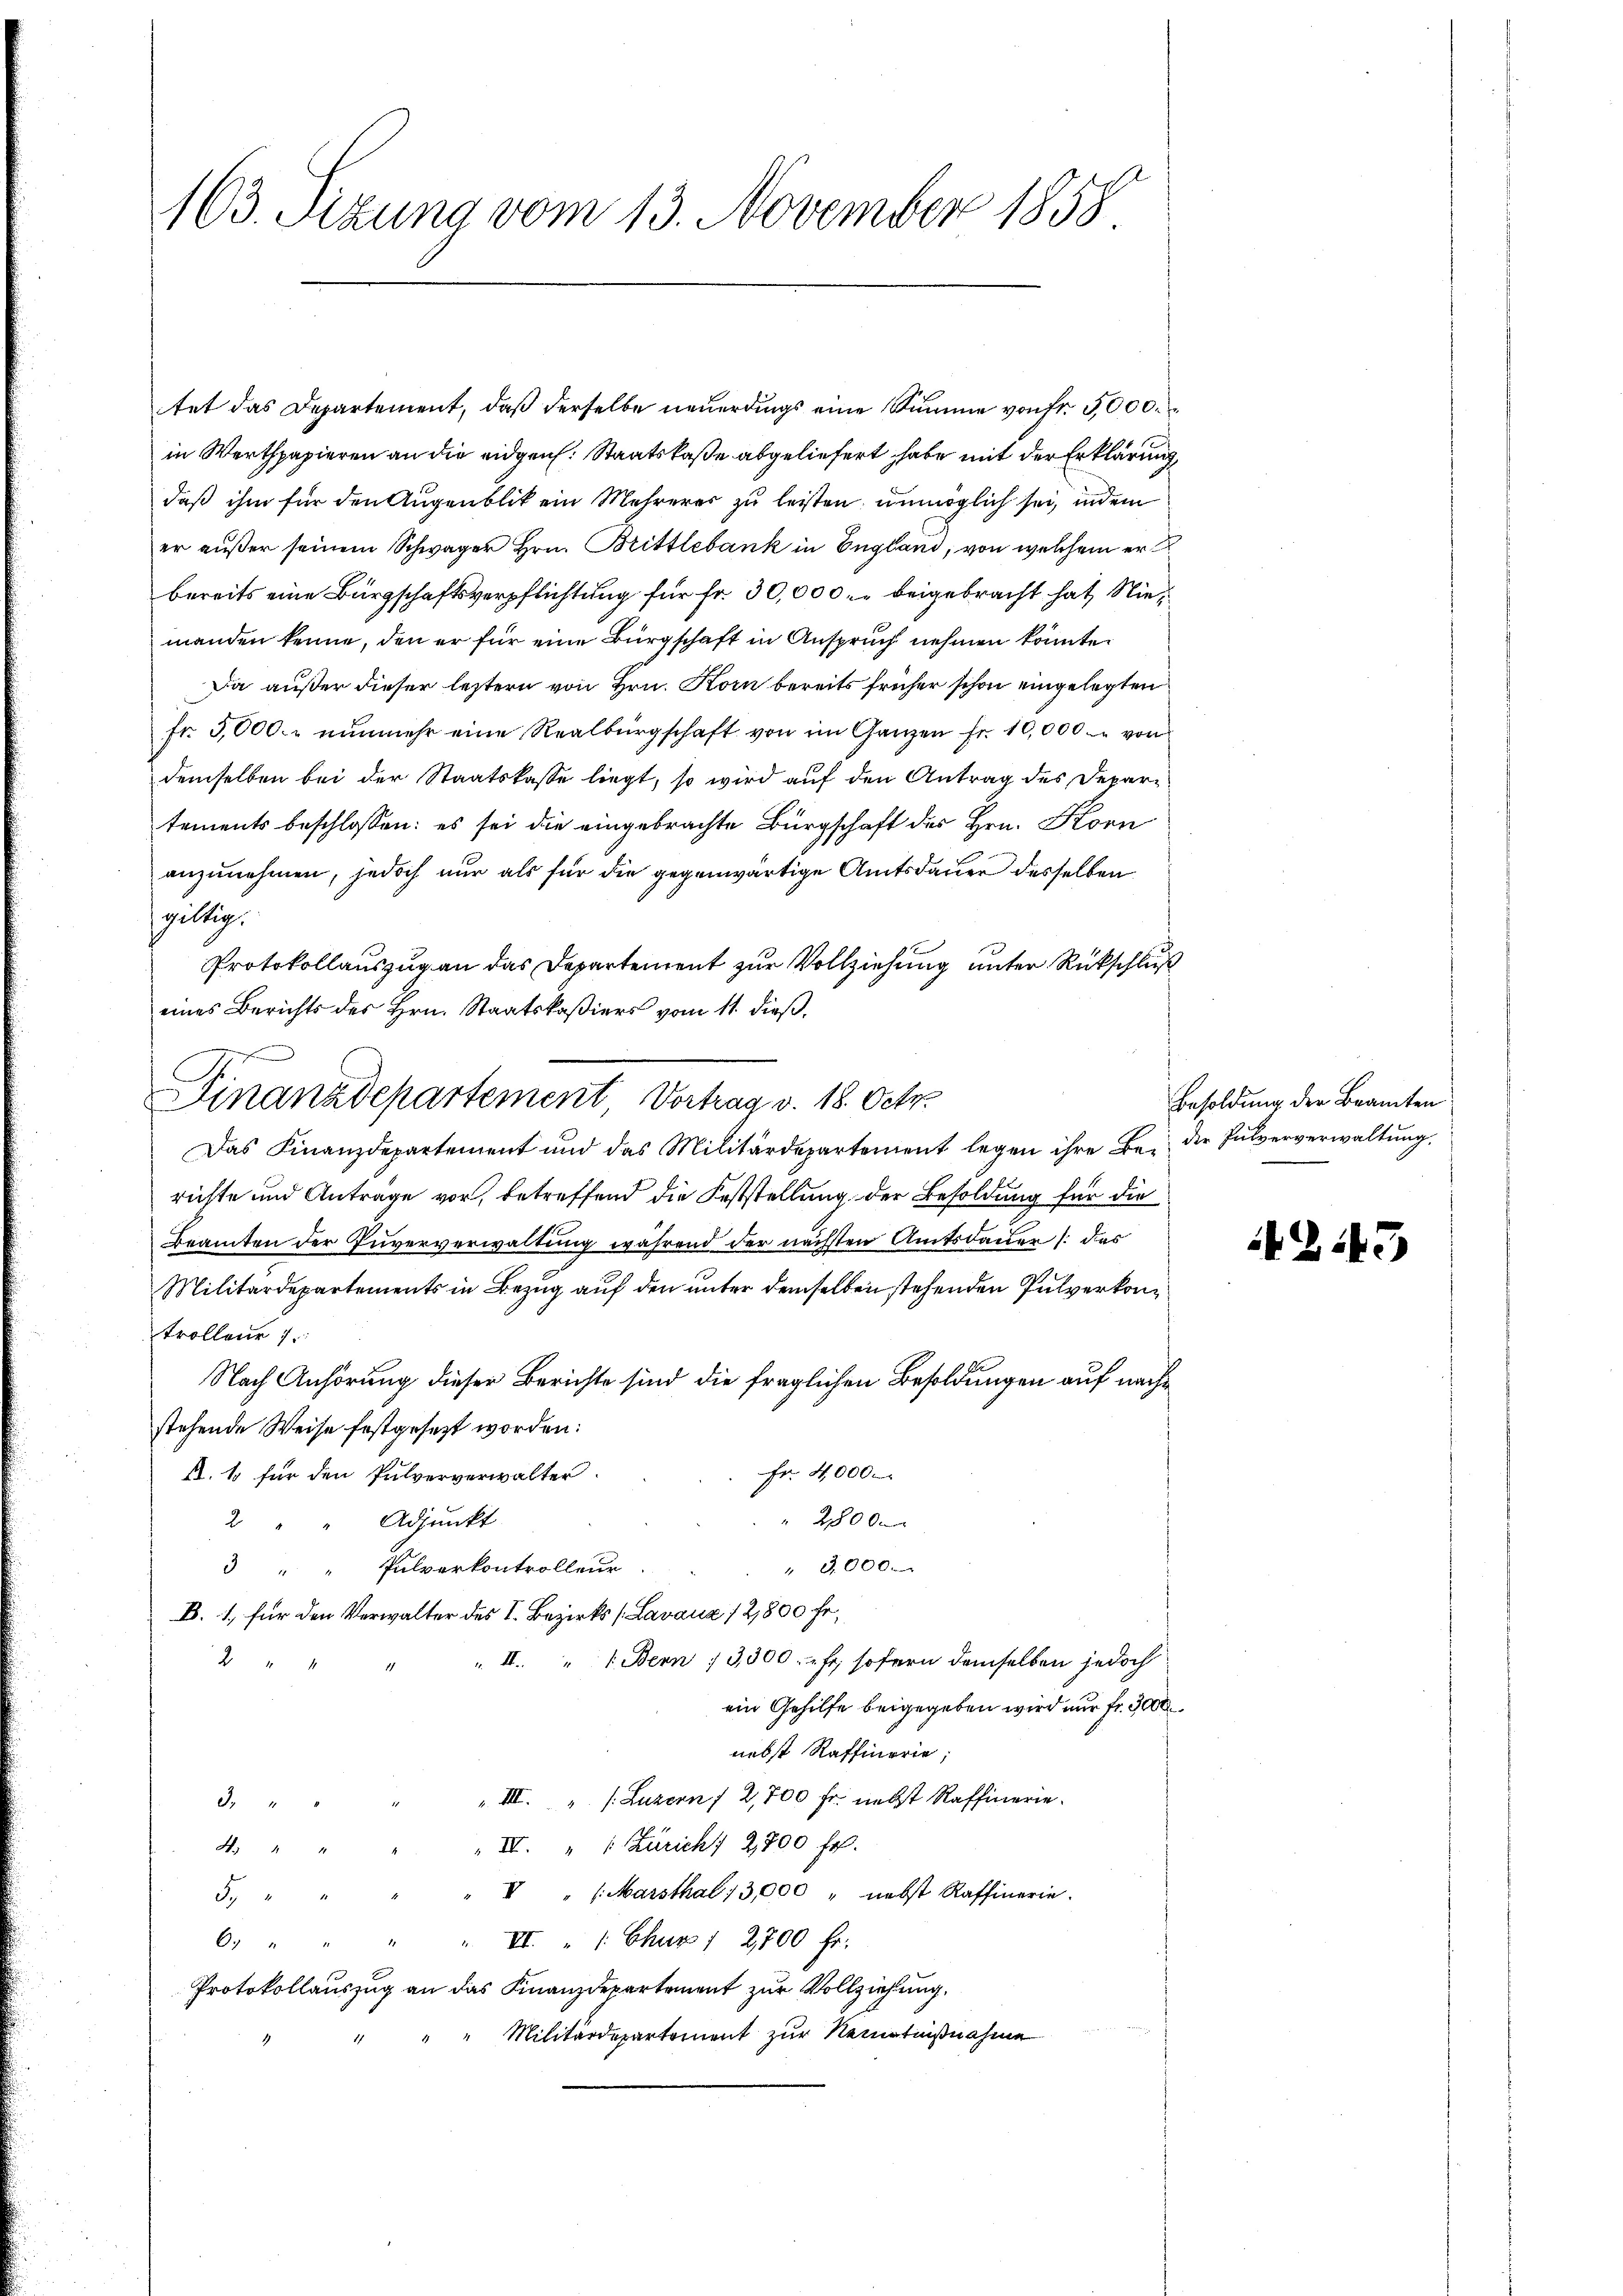
163. Sizung vom 13. November 1858

tet das Departement, daβ derselbe neŭerdings eine Summe von fr. 5000.
in Werthpapieren an die eidgen. Staatskaße abgeliefert habe mit der Erklärung,
daß ihm für den Augenblik ein Mehrerer zu leisten, unmöglich sei, indem
er außer seinem Schwager Hrn. Brittlebank in England, von welchem er
bereits eine Bürgschaftsverpflichtung für Fr. 30,000. beigebracht hat Niemanden kenne, den er für eine Bürgschaft in Anspruch nehmen könnte.
Da außer dieser letztern von Hrn. Korn bereits früher schon eingelegten
fr. 5000. nunmehr eine Realbürgschaft von im Ganzen Fr. 10,000. von
demselben bei der Staatskasse liegt, so wird auf den Antrag des Departements beschlossen: es sei die eingebrachte Bürgschaft des Hrn. Korn
anzunehmen, jedoch nur als für die gegenwärtige Amtsdauer desselben
spiltig.
Protokollauszug an das Departement zur Vollziehung unter Rückschluß
eines Berichts des Hrn. Staatskaßiers vom 11. dieß,
Das Finanzdepartement und das Militärdepartement legen ihre Bei die Pulververwaltŭng.
richte und Anträge vor, betreffend die Feststellung der Besoldung für die
Beamten der Puververwaltung während der nächsten Amtsdauer /: das
Militärdepartements in Bezug auf den unter demselben stehenden Pulverkontrollene 7
Nach Anhörung dieser Berichte sind die fraglichen Besoldungen auf nachstehende Weise festgesezt worden:
Fr. 4000.
. 1 für den Pulververwalter.
2800 m
Adjunkt
2
3 " " Pulverkontrolleur. . . " 3,000.
B. 1., für den Verwalter des I. Bezirks (Lavaux 12,800 fr.
„ II. 1. Bern 13,300. fr. sofern demselben jedoch
2
ein Gehilfe beigegeben wird nur fr. 3000
nebst Raffinorie;
„ III. „ s. Luzern / 2,700 fr. nebst Raffinerie.
x
4. " " " " II. " " Züricht 2800 fr.
5. " " " " " " (Marsthal; 3,000 " nebst Raffinarie.
6 " " " " VI. " " Chur 1 2700 Fr.
Protokollauszug an das Finanzdepartement zur Vollziehung.
" Militärdepartement zur Kenntnißnahme

Finanzdepartement, Vortrag v. 18. Oct.

Besoldung der Beamten

4243